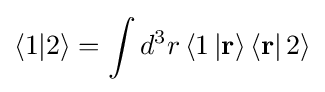
\left\langle 1|2\right\rangle =\int {{{d}^{3}}r}\left\langle 1\left|\mathbf {r} \right\rangle \left\langle \mathbf {r} \right|2\right\rangle